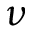
\nu